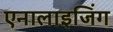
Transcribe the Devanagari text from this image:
एनालाइजिंग